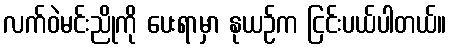
လက်ဝဲမင်းညိုကို ပေးရာမှာ နုယဉ်က ငြင်းပယ်ပါတယ်။